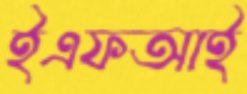
ইএফআই